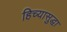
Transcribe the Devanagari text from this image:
हिच्यासुद्धा